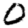
Digit: 0